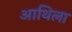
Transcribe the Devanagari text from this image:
आथिला